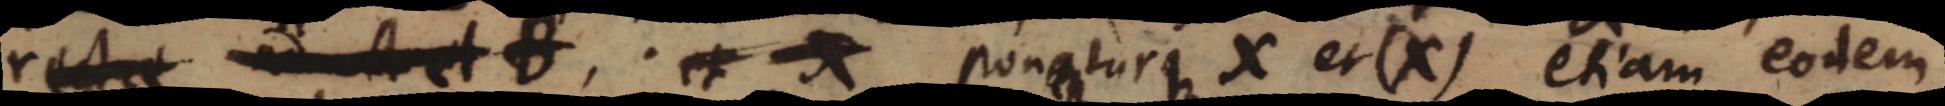
rectae ad A et B, et X pon_turque X et (X) etiam eodem